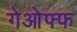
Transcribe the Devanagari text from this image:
गेओफ्फ